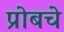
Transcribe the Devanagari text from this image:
प्रोबचे